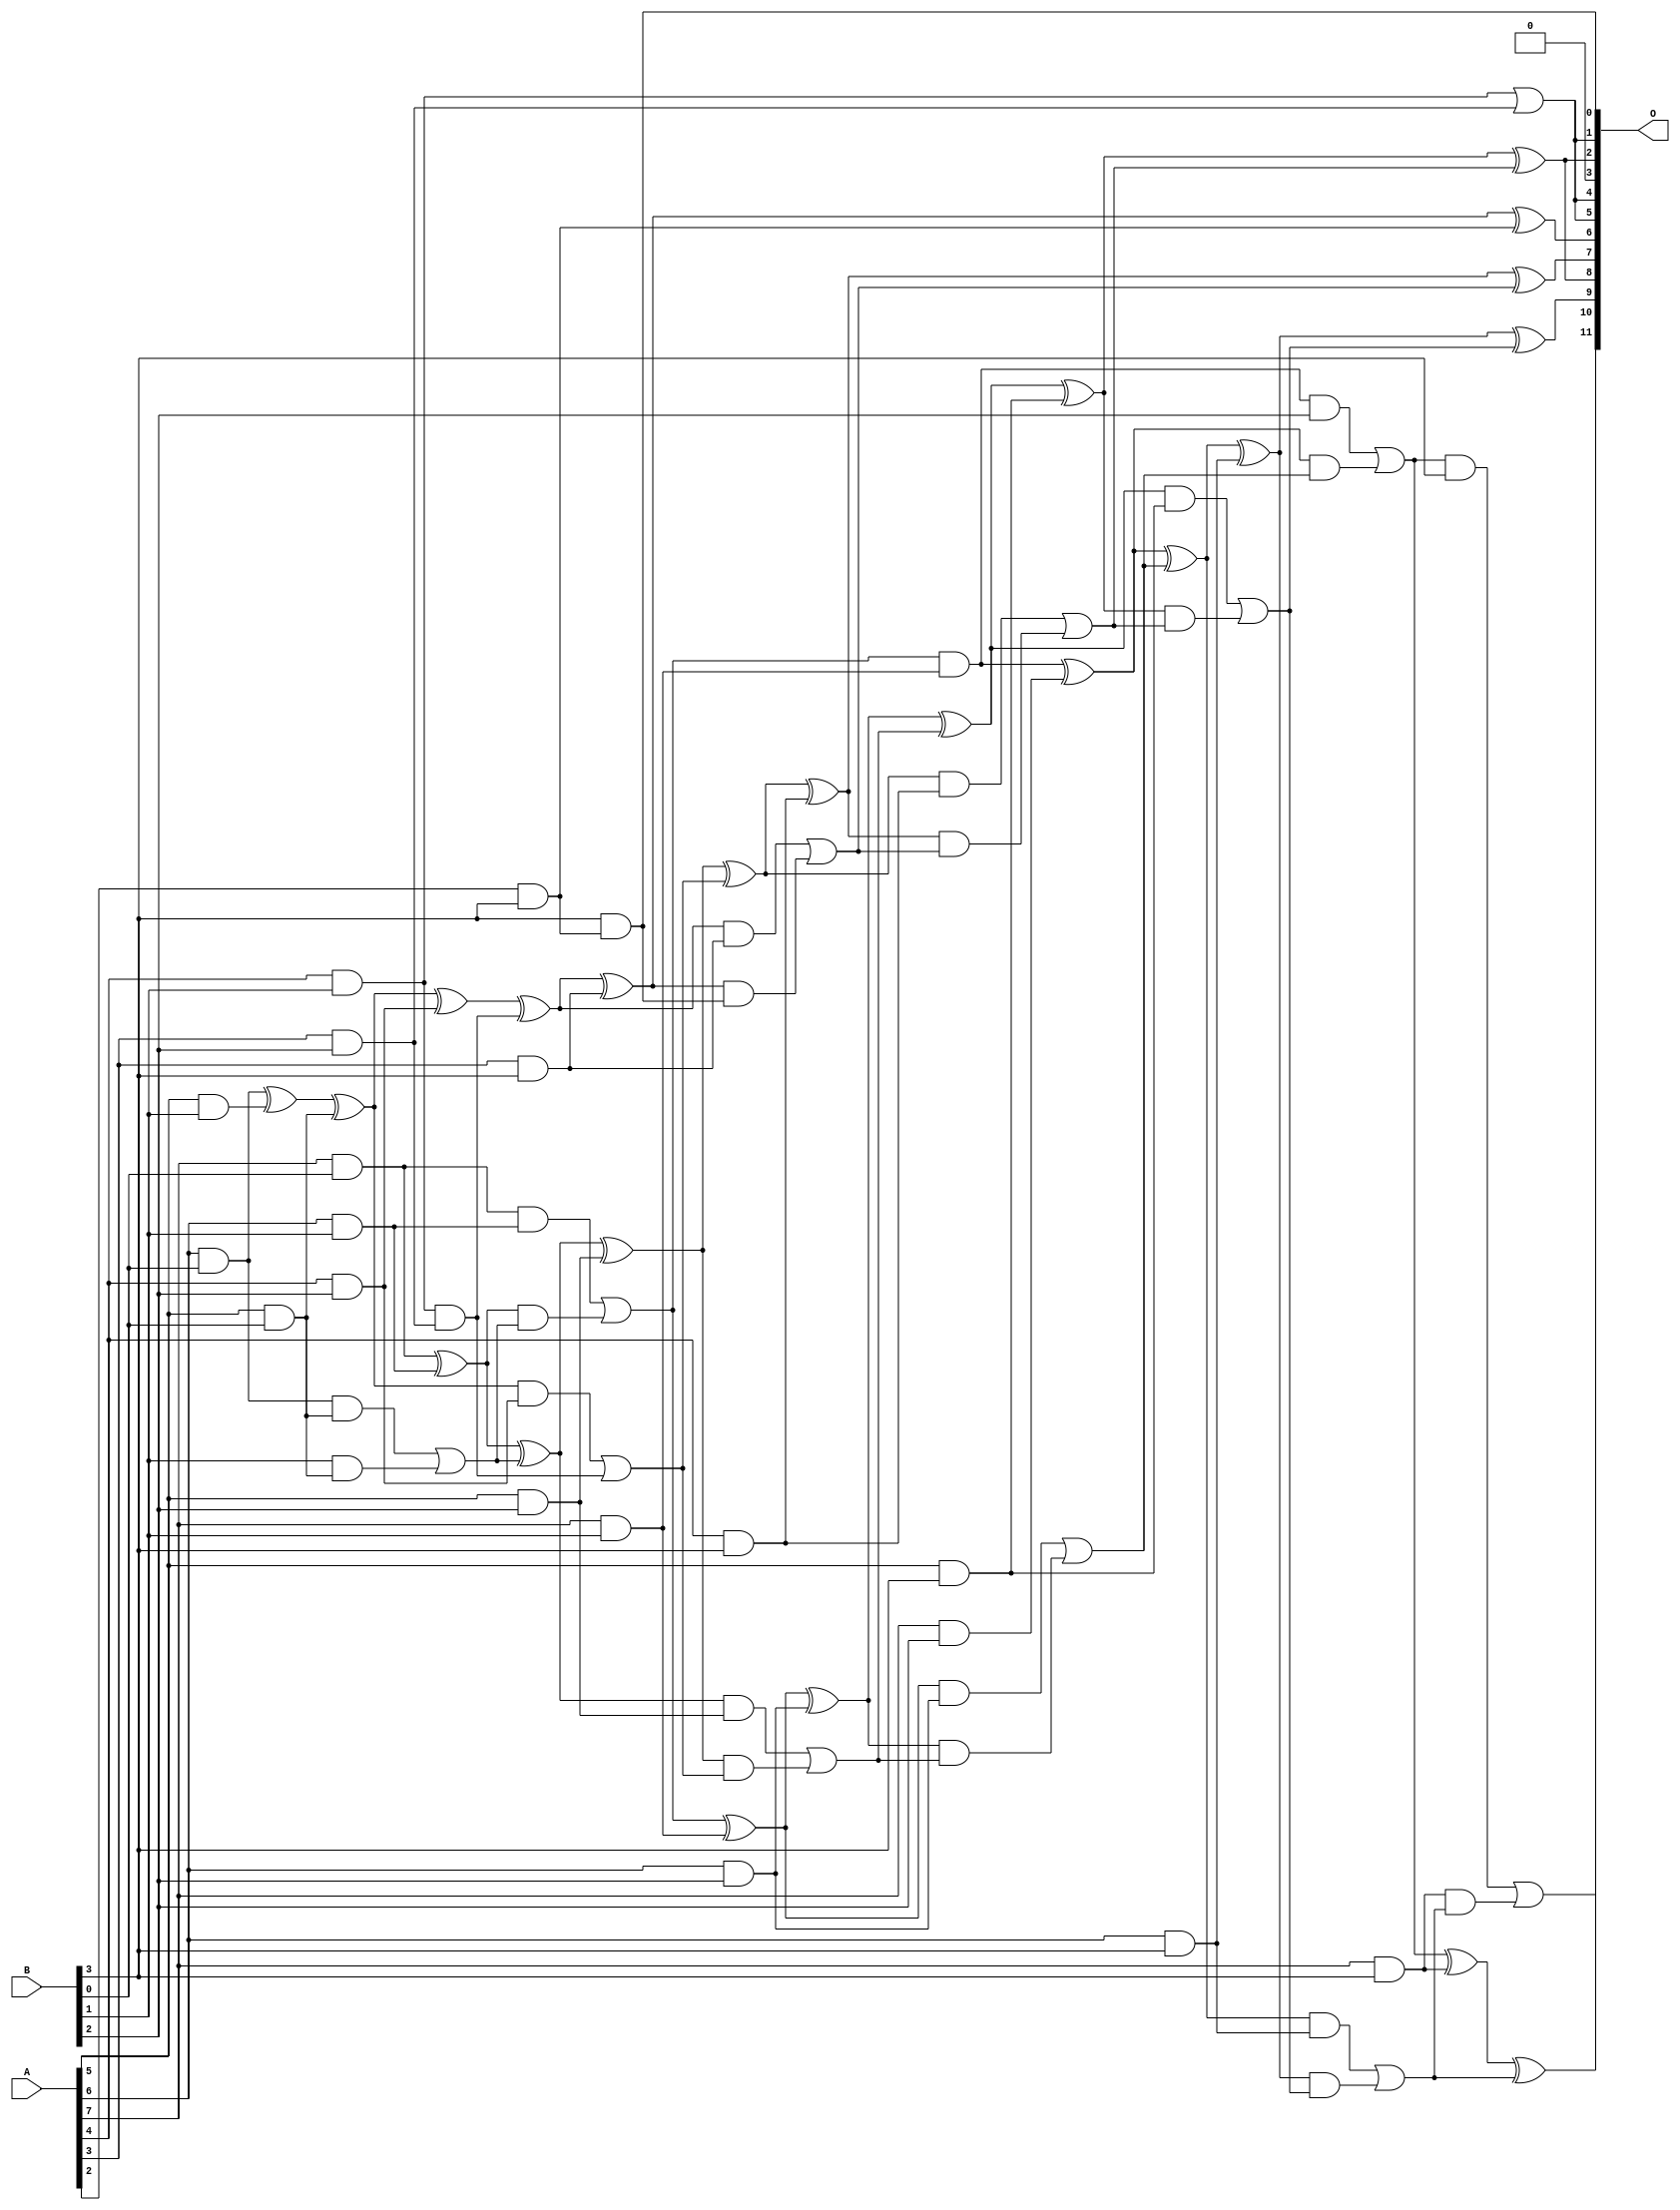
// This program was cloned from: https://github.com/ehw-fit/evoapproxlib
// License: MIT License

/***
* This code is a part of EvoApproxLib library (ehw.fit.vutbr.cz/approxlib) distributed under The MIT License.
* When used, please cite the following article(s): V. Mrazek, L. Sekanina, Z. Vasicek "Libraries of Approximate Circuits: Automated Design and Application in CNN Accelerators" IEEE Journal on Emerging and Selected Topics in Circuits and Systems, Vol 10, No 4, 2020 
* This file contains a circuit from a sub-set of pareto optimal circuits with respect to the pwr and mae parameters
***/
// MAE% = 0.40 %
// MAE = 16 
// WCE% = 1.59 %
// WCE = 65 
// WCRE% = 103.12 %
// EP% = 90.77 %
// MRE% = 7.28 %
// MSE = 427 
// PDK45_PWR = 0.071 mW
// PDK45_AREA = 184.0 um2
// PDK45_DELAY = 0.75 ns

module mul8x4u_0S7 (
    A,
    B,
    O
);

input [7:0] A;
input [3:0] B;
output [11:0] O;

wire sig_17,sig_18,sig_19,sig_25,sig_26,sig_27,sig_48,sig_50,sig_51,sig_52,sig_53,sig_54,sig_55,sig_56,sig_57,sig_58,sig_59,sig_60,sig_61,sig_65;
wire sig_66,sig_67,sig_68,sig_69,sig_82,sig_83,sig_87,sig_88,sig_90,sig_91,sig_92,sig_93,sig_94,sig_95,sig_96,sig_97,sig_98,sig_99,sig_100,sig_101;
wire sig_102,sig_103,sig_104,sig_105,sig_106,sig_109,sig_110,sig_111,sig_112,sig_113,sig_114,sig_123,sig_127,sig_128,sig_129,sig_130,sig_131,sig_132,sig_133,sig_134;
wire sig_135,sig_136,sig_137,sig_138,sig_139,sig_140,sig_141,sig_142,sig_143,sig_144,sig_145,sig_146,sig_147,sig_148,sig_149,sig_150,sig_151;

assign sig_17 = A[5] & B[0];
assign sig_18 = A[6] & B[0];
assign sig_19 = A[7] & B[0];
assign sig_25 = A[5] & B[1];
assign sig_26 = A[6] & B[1];
assign sig_27 = A[7] & B[1];
assign sig_48 = A[4] & B[1];
assign sig_50 = sig_18 ^ sig_25;
assign sig_51 = sig_18 & sig_17;
assign sig_52 = B[1] & sig_17;
assign sig_53 = sig_50 ^ sig_17;
assign sig_54 = sig_51 | sig_52;
assign sig_55 = sig_19 ^ sig_26;
assign sig_56 = sig_19 & sig_26;
assign sig_57 = sig_55 & sig_54;
assign sig_58 = sig_55 ^ sig_54;
assign sig_59 = sig_56 | sig_57;
assign sig_60 = sig_59 & sig_27;
assign sig_61 = sig_59 ^ sig_27;
assign sig_65 = A[3] & B[2];
assign sig_66 = A[4] & B[2];
assign sig_67 = A[5] & B[2];
assign sig_68 = A[6] & B[2];
assign sig_69 = A[7] & B[2];
assign sig_82 = sig_48 | sig_65;
assign sig_83 = sig_48 & sig_65;
assign sig_87 = sig_53 ^ sig_66;
assign sig_88 = sig_53 & sig_66;
assign sig_90 = sig_87 ^ sig_83;
assign sig_91 = sig_88 | sig_83;
assign sig_92 = sig_58 ^ sig_67;
assign sig_93 = sig_58 & sig_67;
assign sig_94 = sig_92 & sig_91;
assign sig_95 = sig_92 ^ sig_91;
assign sig_96 = sig_93 | sig_94;
assign sig_97 = sig_61 ^ sig_68;
assign sig_98 = sig_61 & sig_68;
assign sig_99 = sig_97 & sig_96;
assign sig_100 = sig_97 ^ sig_96;
assign sig_101 = sig_98 | sig_99;
assign sig_102 = sig_60 ^ sig_69;
assign sig_103 = sig_60 & B[2];
assign sig_104 = sig_102 & sig_101;
assign sig_105 = sig_102 ^ sig_101;
assign sig_106 = sig_103 | sig_104;
assign sig_109 = A[2] & B[3];
assign sig_110 = A[3] & B[3];
assign sig_111 = A[4] & B[3];
assign sig_112 = A[5] & B[3];
assign sig_113 = A[6] & B[3];
assign sig_114 = A[7] & B[3];
assign sig_123 = B[3] & sig_109;
assign sig_127 = sig_90 ^ sig_110;
assign sig_128 = sig_90 & sig_110;
assign sig_129 = sig_127 & sig_123;
assign sig_130 = sig_127 ^ sig_109;
assign sig_131 = sig_128 | sig_129;
assign sig_132 = sig_95 ^ sig_111;
assign sig_133 = sig_95 & sig_111;
assign sig_134 = sig_132 & sig_131;
assign sig_135 = sig_132 ^ sig_131;
assign sig_136 = sig_133 | sig_134;
assign sig_137 = sig_100 ^ sig_112;
assign sig_138 = sig_100 & sig_112;
assign sig_139 = sig_137 & sig_136;
assign sig_140 = sig_137 ^ sig_136;
assign sig_141 = sig_138 | sig_139;
assign sig_142 = sig_105 ^ sig_113;
assign sig_143 = sig_105 & sig_113;
assign sig_144 = sig_142 & sig_141;
assign sig_145 = sig_142 ^ sig_141;
assign sig_146 = sig_143 | sig_144;
assign sig_147 = sig_106 ^ sig_114;
assign sig_148 = sig_106 & B[3];
assign sig_149 = sig_114 & sig_146;
assign sig_150 = sig_147 ^ sig_146;
assign sig_151 = sig_148 | sig_149;

assign O[11] = sig_151;
assign O[10] = sig_150;
assign O[9] = sig_145;
assign O[8] = sig_140;
assign O[7] = sig_135;
assign O[6] = sig_130;
assign O[5] = sig_82;
assign O[4] = sig_82;
assign O[3] = 1'b0;
assign O[2] = sig_140;
assign O[1] = sig_82;
assign O[0] = sig_123;

endmodule